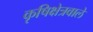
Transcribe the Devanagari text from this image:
कृषिक्षेत्रवाले